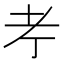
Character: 𦒱